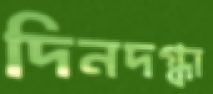
দিনদগ্ধা